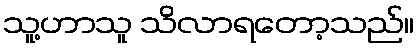
သူ့ဟာသူ သိလာရတော့သည်။